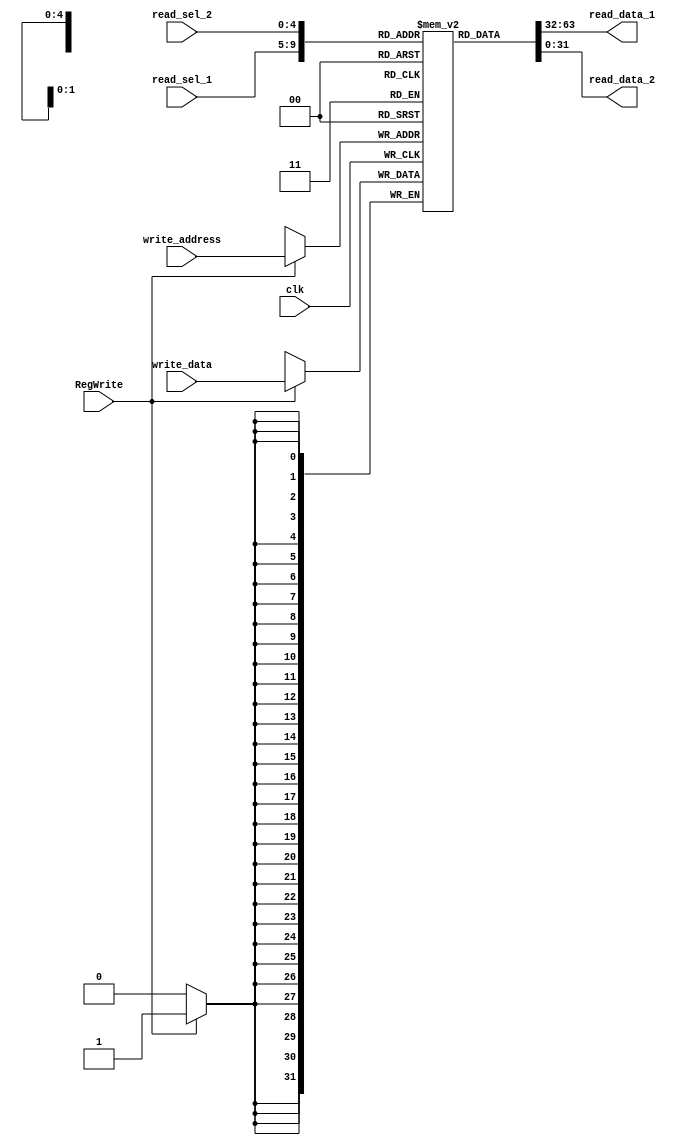
module nbit_register_file(write_data, 
                          read_data_1, read_data_2, 
                          read_sel_1, read_sel_2, 
                          write_address, RegWrite, clk);
                          
    parameter data_width = 32;
    parameter select_width = 5; 
                          
    input                                       clk, RegWrite;
    input           [data_width-1:0]            write_data;
    input           [4:0]                       read_sel_1, read_sel_2, write_address;
    output             [data_width-1:0]            read_data_1, read_data_2;
    
    reg             [data_width-1:0]            register_file [0:data_width-1];
    
    // for loop initializes all registers to 0, no need to rst
    integer i;
    initial begin
        for (i = 0; i < 32; i = i + 1) begin 
            register_file[i] = 32'd0;
        end     
    end
    

     assign        read_data_1 = register_file[read_sel_1];
     assign        read_data_2 = register_file[read_sel_2];

    
    always @ (posedge clk) begin
        if (RegWrite) 
            register_file[write_address] <= write_data;
    end
endmodule